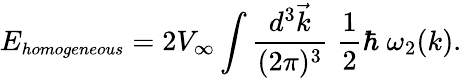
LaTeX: E_{\small homogeneous}=2V_{\infty}\int{\frac{d^{3}\vec{k}}{(2\pi)^{3}}}\; {\frac{1}{2}}\hbar\; \omega_{2}(k).